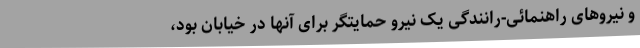
و نیروهای راهنمائی-رانندگی یک نیرو حمایتگر برای آنها در خیابان بود،